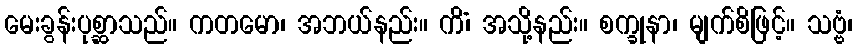
မေးခွန်းပုစ္ဆာသည်။ ကတမော၊ အဘယ်နည်း။ ကိံ၊ အသို့နည်း။ စက္ခုနာ၊ မျက်စိဖြင့်။ သဗ္ဗံ၊